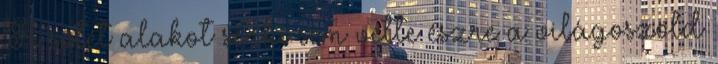
A sötét alakot senki sem vette észre a világoszöld